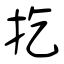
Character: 扢